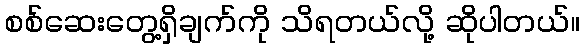
စစ်ဆေးတွေ့ရှိချက်ကို သိရတယ်လို့ ဆိုပါတယ်။